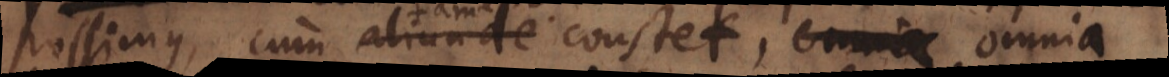
possimus, cum tamen constet omnia